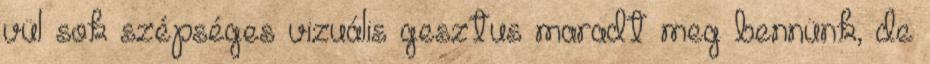
vül sok szépséges vizuális gesztus maradt meg bennünk, de